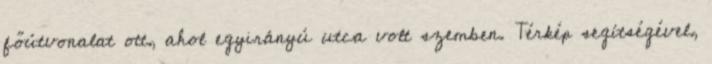
főútvonalat ott, ahol egyirányú utca volt szemben. Térkép segítségével,